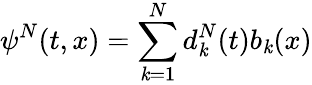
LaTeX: \psi^{N}(t,x)=\sum_{\mathit{k}=1}^{N}d_{\mathit{k}}^{N}(t)b_{\mathit{k}}(x)